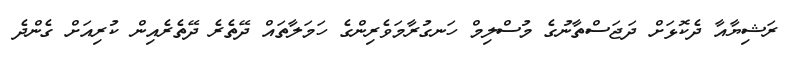
ރަޝިޔާއާ ދެކޮޅަށް ދަޖަސްތާނުގެ މުސްލިމް ހަނގުރާމަވެރިންގެ ހަމަލާތައް ދޭތެރެ ދޭތެރެއިން ކުރިއަށް ގެންދެ